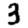
Digit: 3